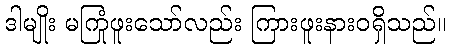
ဒါမျိုး မကြုံဖူးသော်လည်း ကြားဖူးနားဝရှိသည်။